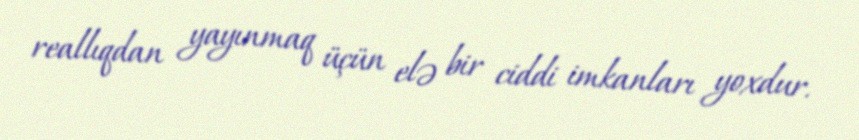
reallıqdan yayınmaq üçün elə bir ciddi imkanları yoxdur.